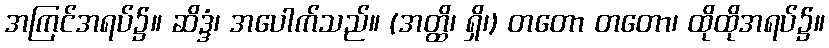
အကြင်အရပ်၌။ ဆိဒ္ဒံ၊ အပေါက်သည်။ (အတ္ထိ၊ ရှိ၊) တတော တတော၊ ထိုထိုအရပ်၌။